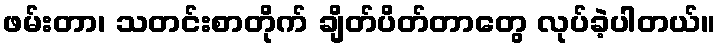
ဖမ်းတာ၊ သတင်းစာတိုက် ချိတ်ပိတ်တာတွေ လုပ်ခဲ့ပါတယ်။